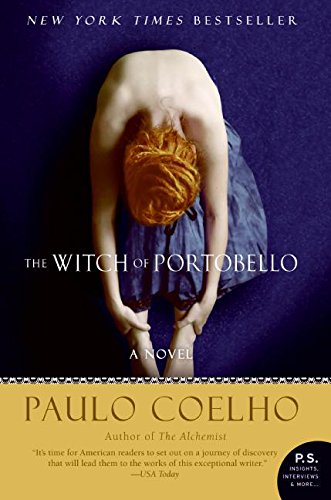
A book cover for The Witch of Portobello: A Novel (P.S.); Paulo Coelho; Literature & Fiction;